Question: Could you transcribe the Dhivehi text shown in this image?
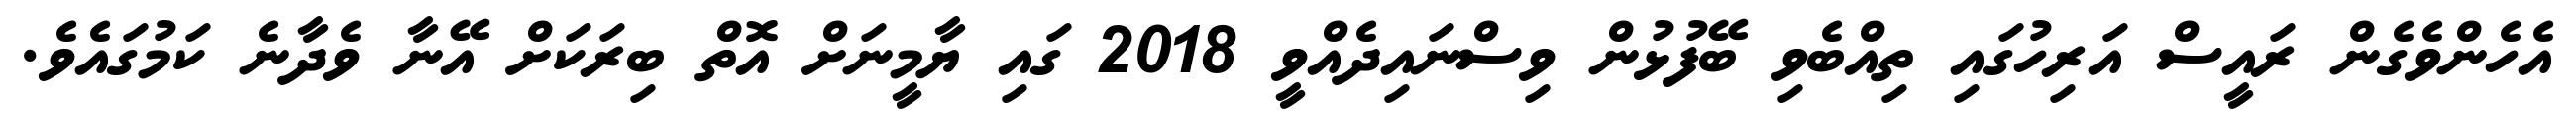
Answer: އެހެންވެގެން ރައީސް އަރިހުގައި ތިއްބެވި ބޭފުޅުން ވިސްނައިދެއްވީ 2018 ގައި ޔާމީނަށް އޮތް ބިރަކަށް އޭނާ ވެދާނެ ކަމުގައެވެ.